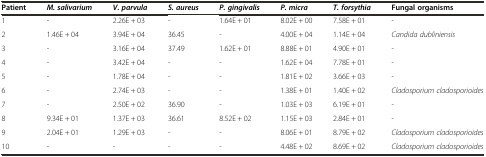
| Patient | M. salivarium | V. parvula | S. aureus | P. gingivalis | P. micra | T. forsythia | Fungal organisms |
 | --- | --- | --- | --- | --- | --- | --- | --- |
 | 1 | - | 2.26E + 03 | - | 1.64E + 01 | 8.02E + 00 | 7.58E + 01 | - |
 | 2 | 1.46E + 04 | 3.94E + 04 | 36.45 | - | 4.00E + 04 | 1.14E + 04 | Candida dubliniensis |
 | 3 | - | 3.16E + 04 | 37.49 | 1.62E + 01 | 8.88E + 01 | 4.90E + 01 | - |
 | 4 | - | 3.42E + 04 | - | - | 1.62E + 04 | 7.78E + 01 | - |
 | 5 | - | 1.78E + 04 | - | - | 1.81E + 02 | 3.66E + 03 | - |
 | 6 | - | 2.74E + 03 | - | - | 1.38E + 01 | 1.40E + 02 | Cladosporium cladosporioides |
 | 7 | - | 2.50E + 02 | 36.90 | - | 1.03E + 03 | 6.19E + 01 | - |
 | 8 | 9.34E + 01 | 1.37E + 03 | 36.61 | 8.52E + 02 | 1.15E + 03 | 2.84E + 01 | - |
 | 9 | 2.04E + 01 | 1.29E + 03 | - | - | 8.06E + 01 | 8.79E + 02 | Cladosporium cladosporioides |
 | 10 | - | - | - | - | 4.48E + 02 | 8.69E + 02 | Cladosporium cladosporioides |